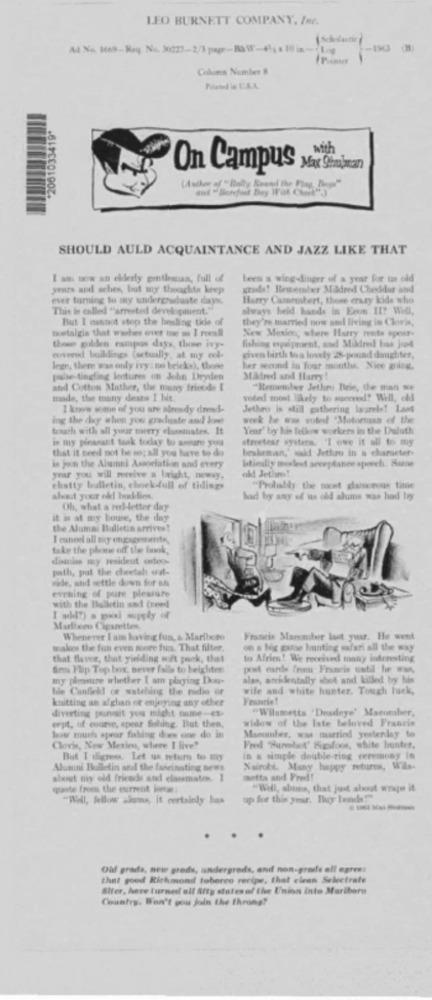
LEO BURNETT COMPANY, Imp.
2061033419*
with
On Campus
Max Shulman
SHOULD AULD ACQUAINTANCE AND JAZZ LIKE THAT
I am now an elderly pontlescan, full of
Leen a wing-dinger of a year for us old
years and aches, but my thoochta krep
grade! Remember Mildred Cheddar and
ewe tuming to may undergraduate days.
Harry Camembert, there erszy kids who
This is called "arrested development."
always held hands in Econ 11? Well,
But I cannot step the besling tide of
they're married now and living in Clovis,
nostalgia that washes over twe ms I rveall
New Mexico, where Harry rents spour-
fishing equipment, and Mildred bas just
the pildes camps days, the ivy-
covered buildings (actually, at my cel-
given birth to a lovely 25-pound daughter,
legge, there was only ivy : no bricks), those
her second in four months. Nice going.
pube-tingling lectures on John Dryden
Mildred and Harry
and Cotton Mather, the many frivede I
"Remember Jethro Brie, the man we
made, the many deus I hit.
voted most likely to succeed" Will, old
I know some of you are already dread-
Jethro is still gathering laurels! Last
ing the day when you graduste and boimet
wwwk he was voted 'Motortsn of the
touch with all your merry elsasinates. It
Year" by his fellow workers in the Duluth
is my piranatt task today to annare you
streetear wysters. "I owe it all to my
that it Beed not be so; all you have to do
beskeman,' said Jethro in a chameter-
in join the Alumni Association and every
Itieslly modest seceptance speech. Samme
ok! Jethro!
year you will receive a bright, nowwy,
chatty bulletin, chock-full of tidings
"Probably the mint glassceous time
alent your ekl boddies.
had by any of us old aluns was had boy
Oh, what a red-letter day
it is at my bowe, the day
the Alumai Bulletin arrives!
I enheel all my engagements,
take the plotwe off the funk,
dismiss my resident osteo-
path, put the cheetah out-
ride, and settle down for så
evening of pure pleasure
with the Bulletin and (need
I wbl?) a goal supply of
Marlboro Cigarettes
Whenever I am having fun, & Marlboro
Francis Marcanber last year. He went
makos the fun even more fun. That filter,
on a big ganse hunting safari all the way
that flavor, that yielding soft pack, that
to Afries! We received many interesting
Sim Flip Top box, never fails to heighten
post cardle fram Francis until he was
my pleasure whether I am playing Den-
alan, atidentally shot and killed by his
hie Canfield of watching the radio or
wife and white hunter. Tough luck,
knitting an afghan or enjoying any other
diverting poruit you might name-es-
"Wilametta "Desdeye' Macomaber,
cept, of course, spear fishing. But then,
widow of the late beloved Francis
how much spear fishing does one do in
Macomber, was married yesterday te
Clovis, New Mexico, where I live?
Fred "Surebet" Sipiloos, shite bunter.
But I agree. Let us returs to my
in s simple double-ring ceremony in
Alumni Bulletin and the fascinating news
Nairobi. Many happy returns, Wils-
about my old friends and classmates 1
setta and Fred!
conste from the current innse:
"Well, abinis, that just about why it
"Well, fellow alms, it certainly has
up for this year. Blog bonds!"
Old grads, neue greds, undergreds, anit non-grade all egreet
that good Richmond toberco recipe, that clean Selectrate
Alter, here turned all Afty states of the Union into Mariboro
Country. Won't you join the throng?